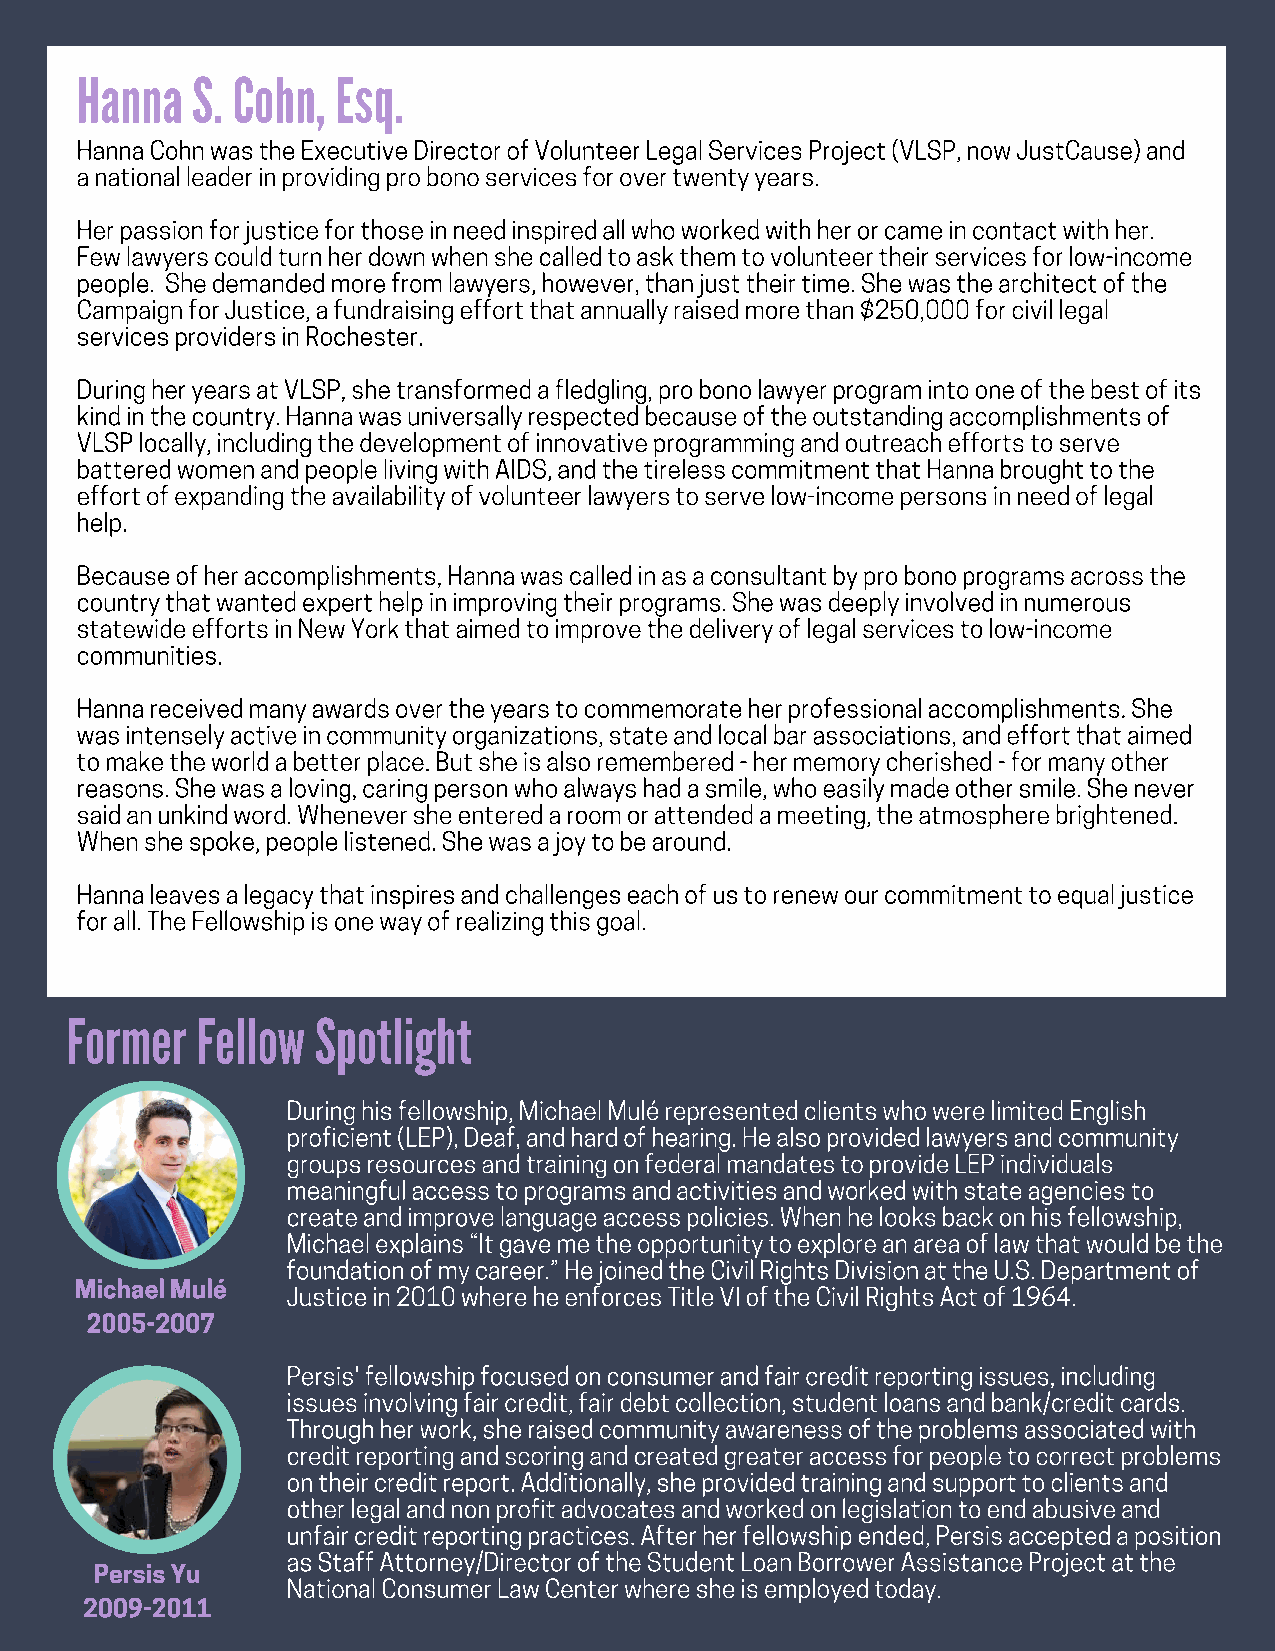
Hanna   S. Cohn, Esq.
 Hanna Cohn was the Executive Director of Volunteer Legal Services Project (VLSP, now JustCause) and
 a national leader in providing pro bono services for over twenty years.
 Her passion for justice for those in need inspired all who worked with her or came in contact with her.
 Few lawyers could turn her down when she called to ask them to volunteer their services for low-income
 people. She demanded more from lawyers, however, than just their time. She was the architect of the
 Campaign for Justice, a fundraising effort that annually raised more than $250,000 for civil legal
 services providers in Rochester.
 During her years at VLSP, she transformed a fledgling, pro bono lawyer program into one of the best of its
 kind in the country. Hanna was universally respected because of the outstanding accomplishments of
 VLSP locally, including the development of innovative programming and outreach efforts to serve
 battered women and people living with AIDS, and the tireless commitment that Hanna brought to the
 effort of expanding the availability of volunteer lawyers to serve low-income persons in need of legal
 help.
 Because of her accomplishments, Hanna was called in as a consultant by pro bono programs across the
 country that wanted expert help in improving their programs. She was deeply involved in numerous
 statewide efforts in New York that aimed to improve the delivery of legal services to low-income
 communities.
 Hanna received many awards over the years to commemorate her professional accomplishments. She
 was intensely active in community organizations, state and local bar associations, and effort that aimed
 to make the world a better place. But she is also remembered - her memory cherished - for many other
 reasons. She was a loving, caring person who always had a smile, who easily made other smile. She never
 said an unkind word. Whenever she entered a room or attended a meeting, the atmosphere brightened.
 When she spoke, people listened. She was a joy to be around.
 Hanna leaves a legacy that inspires and challenges each of us to renew our commitment to equal justice
 for all. The Fellowship is one way of realizing this goal.
 Former   Fellow  Spotlight
 During his fellowship, Michael Mulé represented clients who were limited English
 proficient (LEP), Deaf, and hard of hearing. He also provided lawyers and community
 groups resources and training on federal mandates to provide LEP individuals
 meaningful access to programs and activities and worked with state agencies to
 create and improve language access policies. When he looks back on his fellowship,
 Michael explains “It gave me the opportunity to explore an area of law that would be the
 foundation of my career.” He joined the Civil Rights Division at the U.S. Department of
 Michael Mulé
 Justice in 2010 where he enforces Title VI of the Civil Rights Act of 1964.
 2005-2007
 Persis' fellowship focused on consumer and fair credit reporting issues, including
 issues involving fair credit, fair debt collection, student loans and bank/credit cards.
 Through her work, she raised community awareness of the problems associated with
 credit reporting and scoring and created greater access for people to correct problems
 on their credit report. Additionally, she provided training and support to clients and
 other legal and non profit advocates and worked on legislation to end abusive and
 unfair credit reporting practices. After her fellowship ended, Persis accepted a position
 as Staff Attorney/Director of the Student Loan Borrower Assistance Project at the
 Persis Yu
 National Consumer Law Center where she is employed today.
 2009-2011